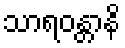
သာရဝန္တာနိ